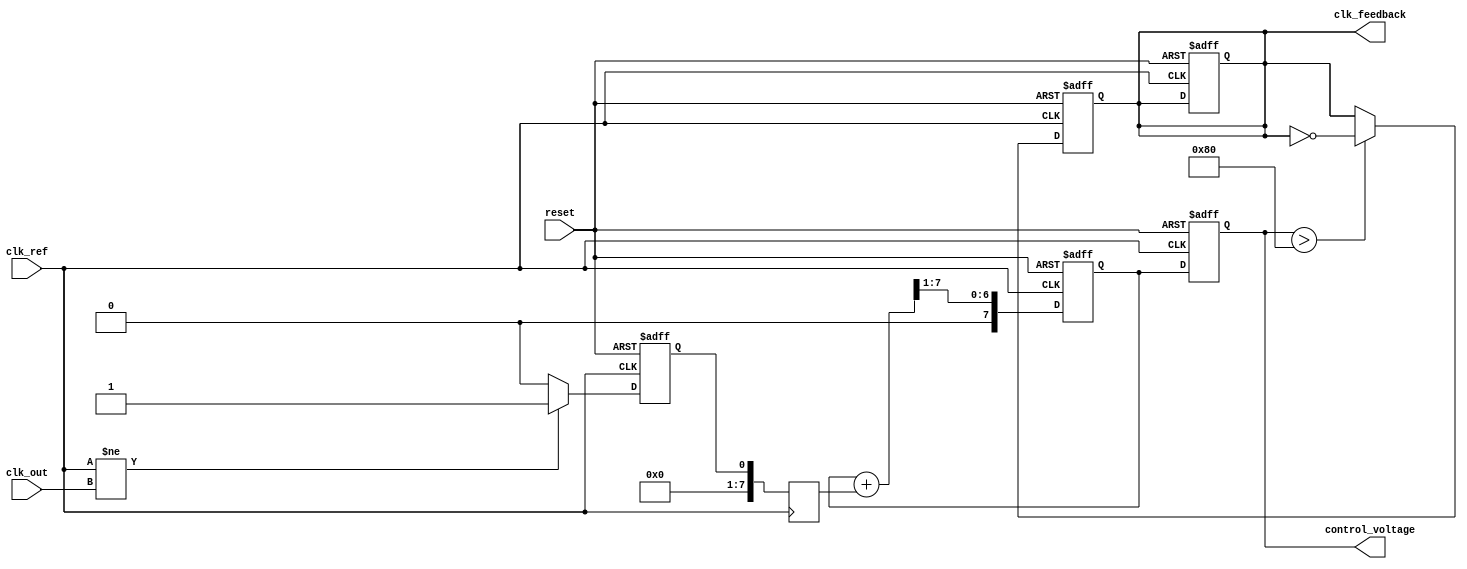
module memory_blocks_PLL (
    input wire clk_ref,           // Reference clock input
    input wire clk_out,           // Output clock from VCO
    input wire reset,             // Reset signal
    output reg clk_feedback,       // Feedback output from the VCO
    output reg [7:0] control_voltage // Control voltage output
);

    // Phase Detector
    reg phase_error; // Phase error signal
    always @(posedge clk_ref or posedge reset) begin
        if (reset) begin
            phase_error <= 0;
            clk_feedback <= 0;
        end else begin
            if (clk_ref != clk_out) begin
                phase_error <= 1; // Phase difference detected
            end else begin
                phase_error <= 0; // No phase difference
            end
        end
    end

    // Memory Block for Phase Error Storage
    reg [7:0] memory_phase_error; // Memory to store phase error
    always @(posedge clk_ref) begin
        memory_phase_error <= {7'b0, phase_error}; // Store phase error
    end

    // Loop Filter Implementation (Simple Low-Pass Filter)
    reg [7:0] filtered_error; // Filtered phase error
    always @(posedge clk_ref or posedge reset) begin
        if (reset) begin
            filtered_error <= 0;
            control_voltage <= 0;
        end else begin
            // A simple low-pass filter: control voltage smoothing
            filtered_error <= (filtered_error + memory_phase_error) >> 1; // Averaging
            control_voltage <= filtered_error; // Update control voltage
        end
    end

    // Voltage-Controlled Oscillator (VCO)
    always @(posedge clk_ref or posedge reset) begin
        if (reset) begin
            clk_feedback <= 0; // Reset feedback
        end else begin
            // Simple VCO model: Increase frequency based on control voltage
            if (control_voltage > 128) begin
                clk_feedback <= ~clk_feedback; // Toggle feedback for simplicity
            end
        end
    end

endmodule